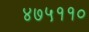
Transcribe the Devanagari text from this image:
४७५११०